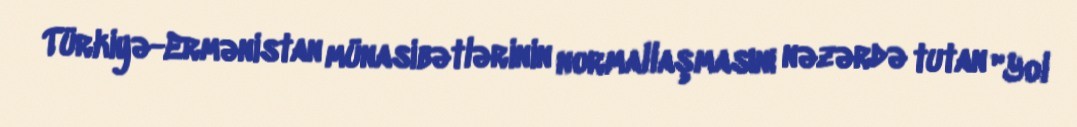
Türkiyə-Ermənistan münasibətlərinin normallaşmasını nəzərdə tutan "Yol